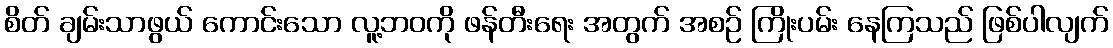
စိတ် ချမ်းသာဖွယ် ကောင်းသော လူ့ဘဝကို ဖန်တီးရေး အတွက် အစဉ် ကြိုးပမ်း နေကြသည် ဖြစ်ပါလျက်